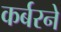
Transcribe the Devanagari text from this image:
कर्बरने